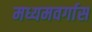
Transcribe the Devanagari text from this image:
मध्यमवर्गास